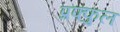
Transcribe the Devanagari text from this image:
प्रफ्फुल